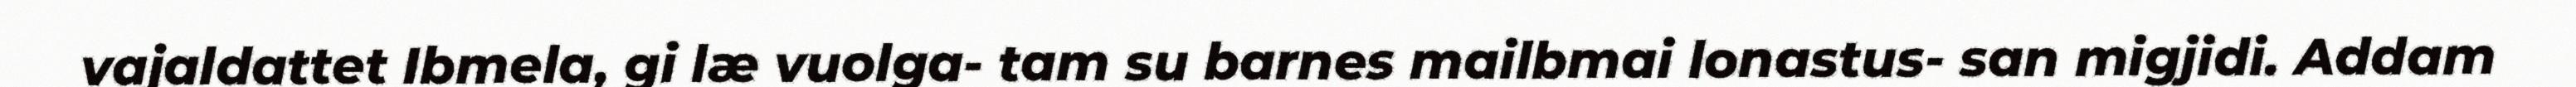
vajaldattet Ibmela, gi læ vuolga- tam su barnes mailbmai lonastus- san migjidi. Addam